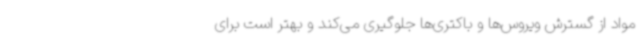
مواد از گسترش ویروس‌ها و باکتری‌ها جلوگیری می‌کند و بهتر است برای